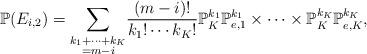
LaTeX: \begin{align*}\mathbb{P}( {E}_{i,2}) &=\underset{\substack{k_1+\cdots+k_K\\=m-i }}{ \sum}\frac{(m-i)!}{k_1! \cdots k_K!} \mathbb{P}_K^{k_1} \mathbb{P}_{e,1} ^{k_1}\times\cdots\times \mathbb{P}_K^{k_K} \mathbb{P}_{e,K} ^{k_K},\end{align*}